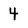
Character: 4